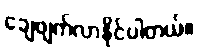
ချေဖျက်လာနိုင်ပါတယ်။